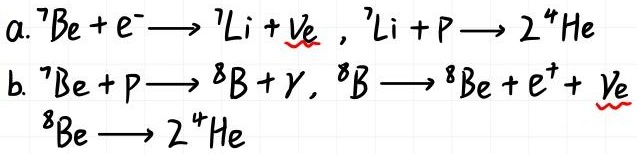
a. $^{7}\mathrm{Be}+e^{-}\longrightarrow{}^{7}\mathrm{Li}+\nu_{e}\ ,\ {}^{7}\mathrm{Li}+p\longrightarrow2{}^{4}\mathrm{He}$
b. ${}^{7}\mathrm{Be}+p\longrightarrow{}^{8}\mathrm{B}+\gamma,\ {}^{8}\mathrm{B}\longrightarrow{}^{8}\mathrm{Be}+e^{+}+\nu_{e}$
${}^{8}\mathrm{Be}\longrightarrow2{}^{4}\mathrm{He}$